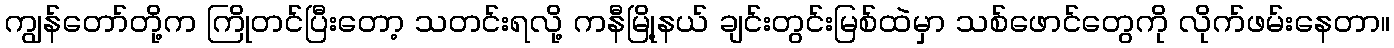
ကျွန်တော်တို့က ကြိုတင်ပြီးတော့ သတင်းရလို့ ကနီမြို့နယ် ချင်းတွင်းမြစ်ထဲမှာ သစ်ဖောင်တွေကို လိုက်ဖမ်းနေတာ။